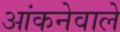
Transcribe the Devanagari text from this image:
आंकनेवाले